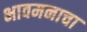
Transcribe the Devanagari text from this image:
भावमनाचा